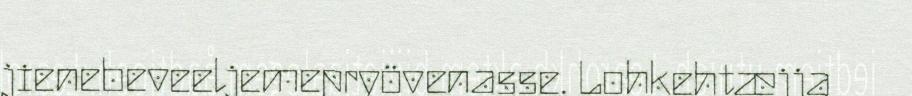
jienebeveeljemepryövenasse. Lohkehtæjja